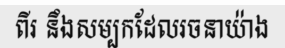
ពីរ នឹងសម្បកដែលរចនាយ៉ាង